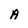
Character: A